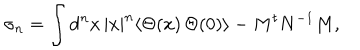
LaTeX: \sigma _ { n } = \int \mathrm { d } ^ { n } x \, | x | ^ { n } \langle \Theta ( x ) \, \Theta ( 0 ) \rangle - M ^ { t } N ^ { - 1 } M ,